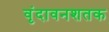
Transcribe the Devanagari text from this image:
वृंदावनशतक